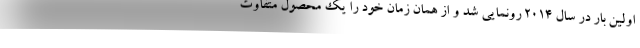
اولین بار در سال 2014 رونمایی شد و از همان زمان خود را یک محصول متفاوت